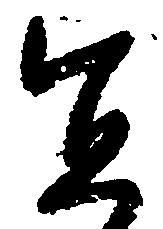
宜